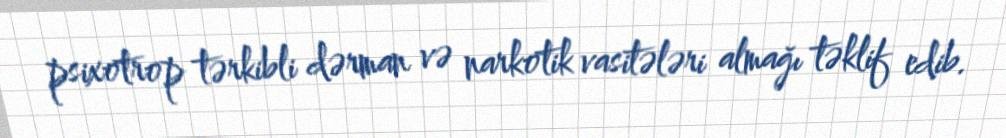
psixotrop tərkibli dərman və narkotik vasitələri almağı təklif edib.